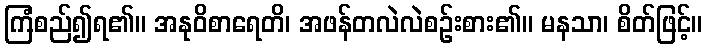
ကြံစည်၍ရ၏။ အနုဝိစာရေတိ၊ အဖန်တလဲလဲစဉ်းစား၏။ မနသာ၊ စိတ်ဖြင့်။